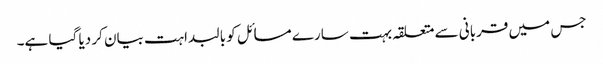
جس میں قربانی سے متعلقہ بہت سارے مسائل کو بالبداہت بیان کر دیا گیا ہے۔